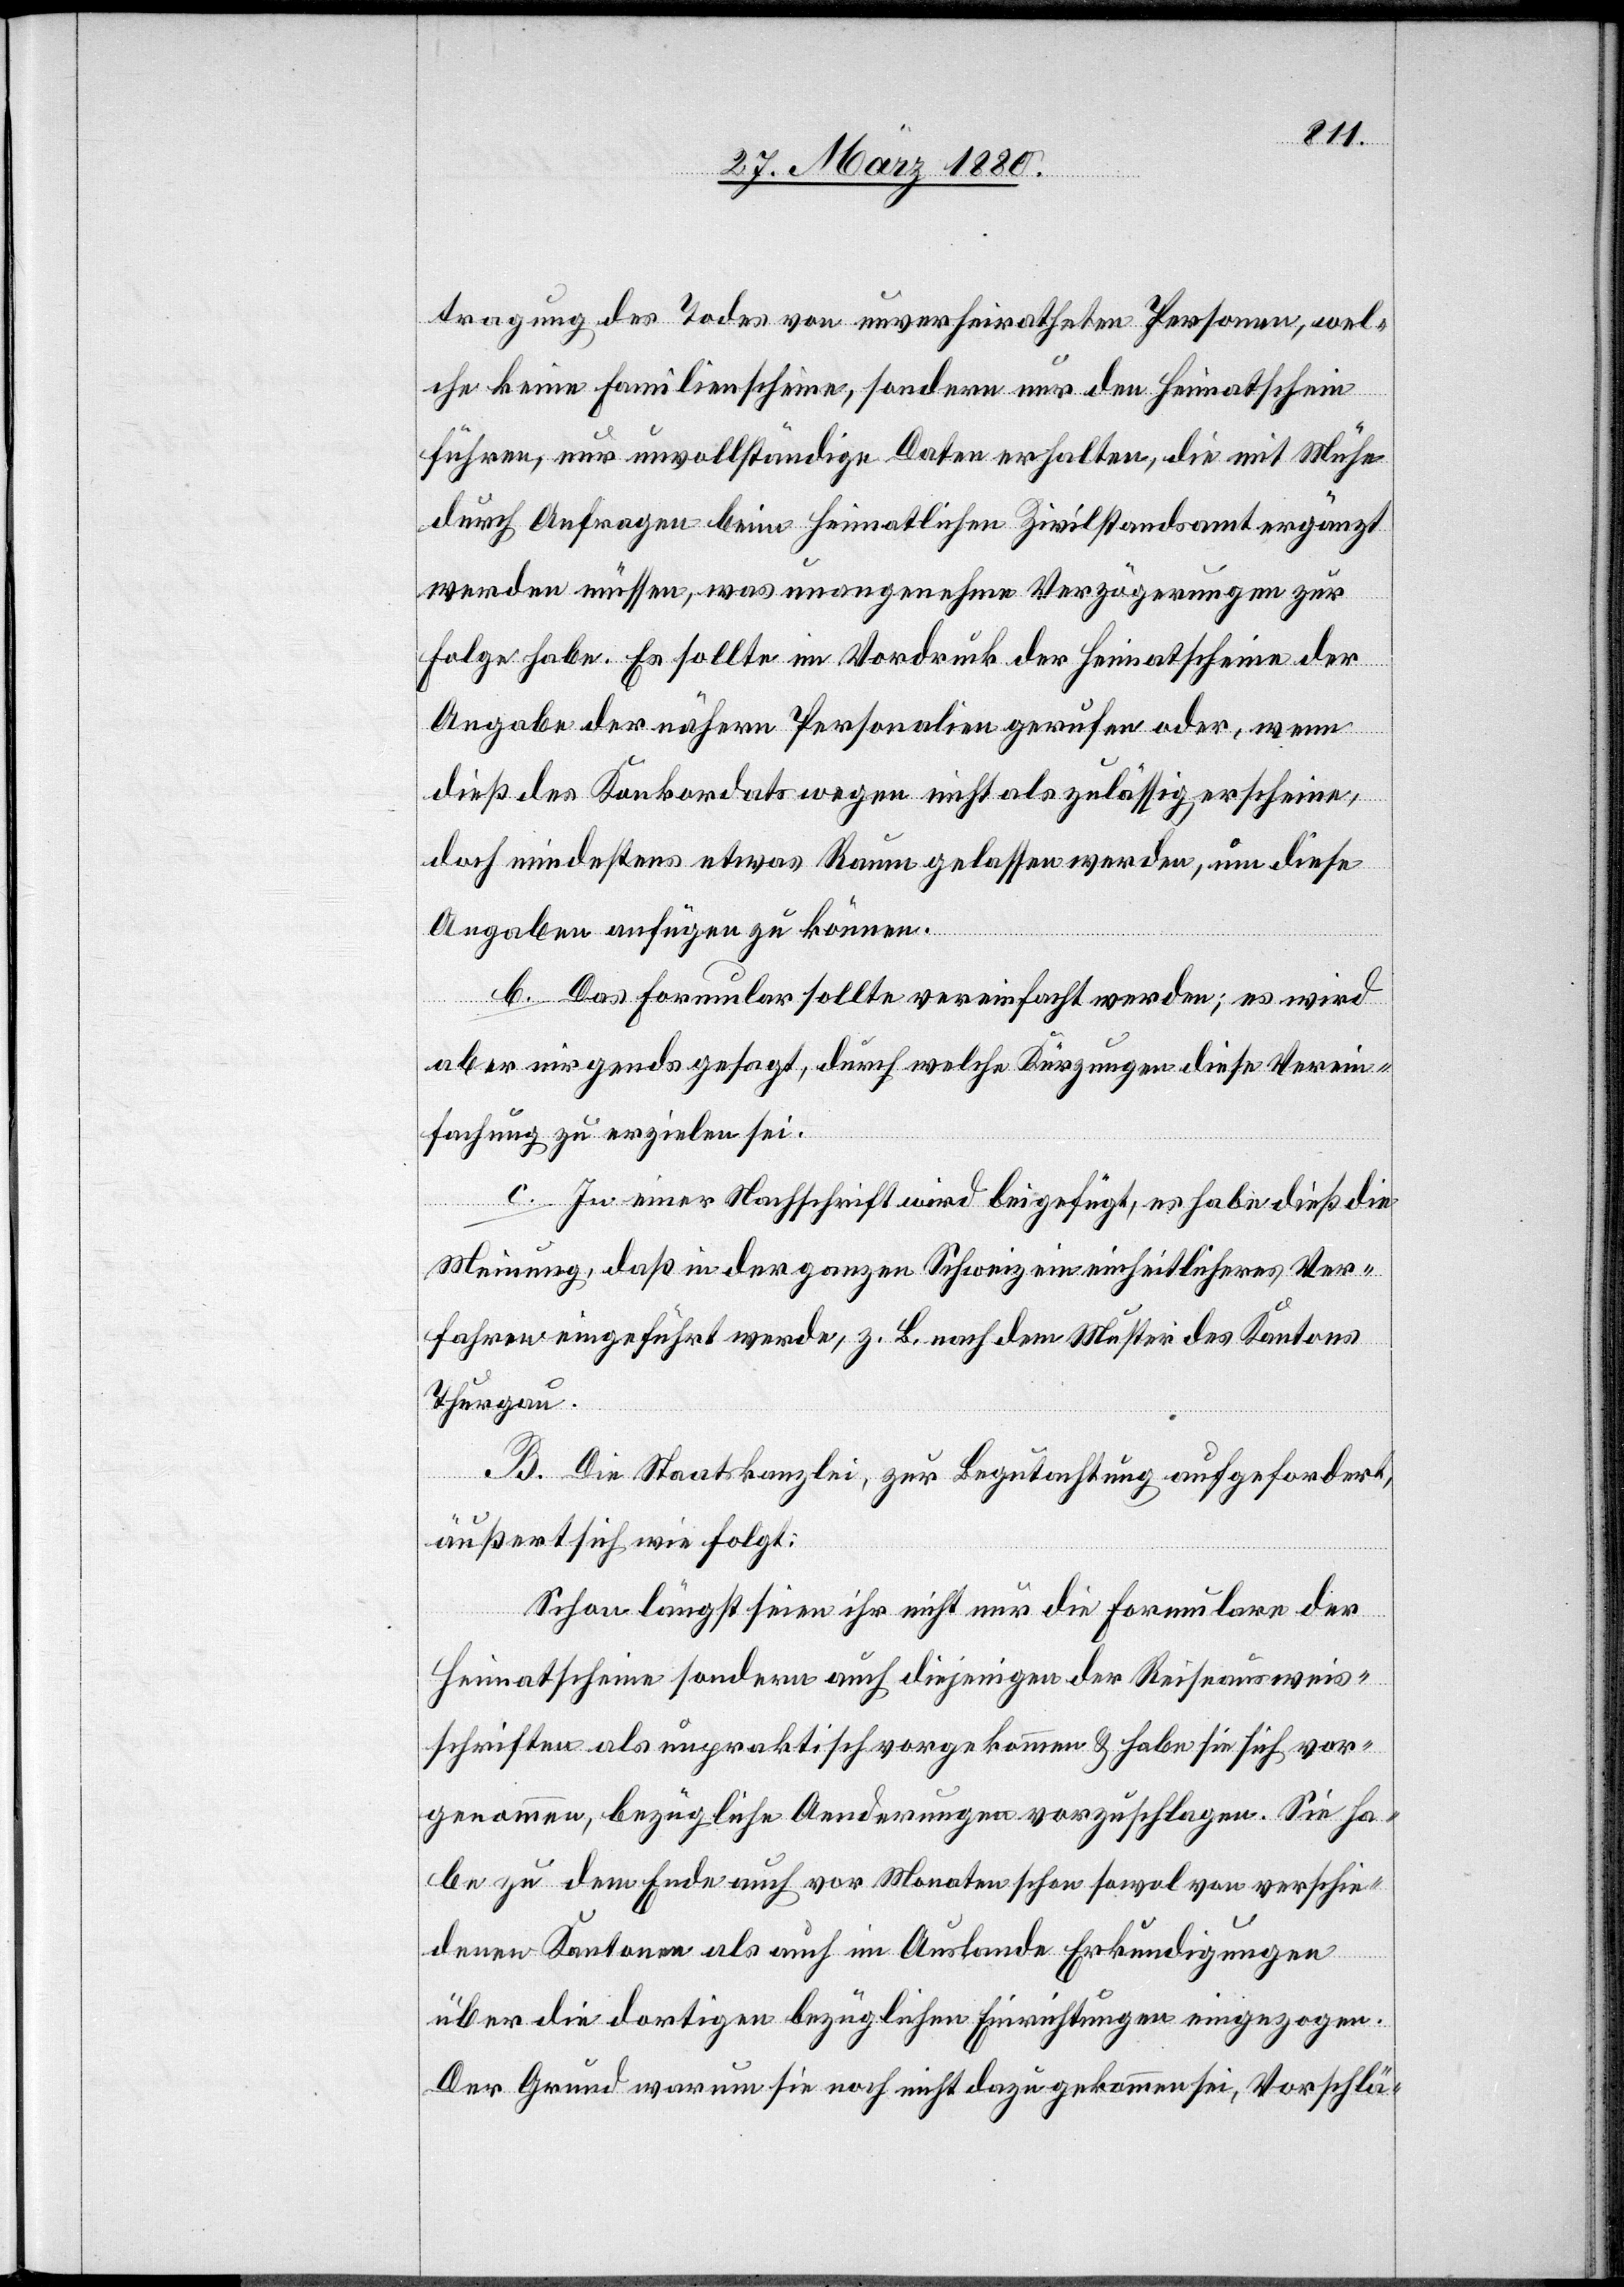
tragung des Todes von unverheiratheten Personen, wel¬
che keine Familienscheine, sondern nur den Heimatschein
führen, nur unvollständige Daten erhalten, die mit Mühe
durch Anfragen beim heimatlichen Zivilstandsamt ergänzt
werden müssen, was unangenehme Verzögerungen zur
Folge habe. Es sollte im Vordruck der Heimatscheine der
Angabe der nähern Personalien gerufen oder, wenn
dieß des Konkordats wegen, nicht als zulässig erscheine,
doch mindestens etwas Raum gelassen werden, um diese
Angaben anfügen zu können.
b. Das Formular sollte vereinfacht werden; es wird
aber nirgends gesagt, durch welche Kürzungen diese Verein¬
fachung zu erzielen sei.
c. In einer Nachschrift wird beigefügt, es habe dieß die
Meinung, daß in der ganzen Schweiz ein einheitliches Ver¬
fahren eingeführt werde, z. B. nach dem Muster des Kantons
Thurgau.
B. Die Staatskanzlei, zur Begutachtung aufgefordert,
äußert sich wie folgt:
Schon längst seien ihr nicht nur die Formulare der
Heimatscheine sondern auch diejenigen der Reiseausweis¬
schriften als unpraktisch vorgekommen & habe sie sich vor¬
genommen, bezügliche Aenderungen vorzuschlagen. Sie ha¬
be zu dem Ende auch vor Monaten schon sowol von verschie¬
denen Kantonen als auch im Auslande Erkundigungen
über die dortigen bezüglichen Einrichtungen eingezogen.
Der Grund warum sie noch nicht dazu gekommen sei, Vorschlä-